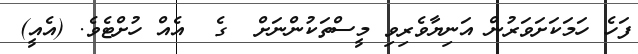
ފަހެ ހަމަކަށަވަރުން އަނިޔާވެރިވި މީސްތަކުންނަށް  ގެ  އެއް ހުށްޓެވެ. (އެއީ)